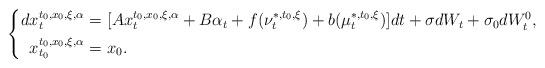
LaTeX: \begin{align*}\left\{\begin{aligned}dx_t^{t_0,x_0,\xi,\alpha}=&~[Ax_t^{t_0,x_0,\xi,\alpha}+B\alpha_t+f(\nu_t^{*,t_0,\xi})+b(\mu_t^{*,t_0,\xi})]dt+\sigma dW_t+\sigma_0dW^0_t,\\x_{t_0}^{t_0,x_0,\xi,\alpha}=&~x_0.\end{aligned}\right.\end{align*}